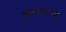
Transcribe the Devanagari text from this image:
बालसासम